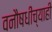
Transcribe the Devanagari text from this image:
वनौषधींच्याही